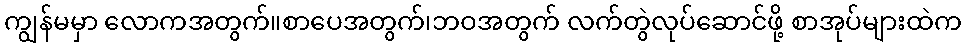
ကျွန်မမှာ လောကအတွက်။စာပေအတွက်၊ဘဝအတွက် လက်တွဲလုပ်ဆောင်ဖို့ စာအုပ်များထဲက